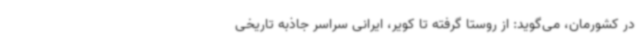
در کشورمان، می‌گوید: از روستا گرفته تا کویر، ایرانی سراسر جاذبه تاریخی